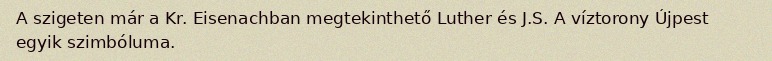
A szigeten már a Kr. Eisenachban megtekinthető Luther és J.S. A víztorony Újpest egyik szimbóluma.